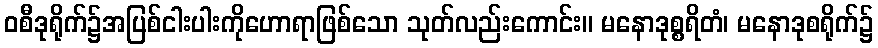
ဝစီဒုရိုက်၌အပြစ်ငါးပါးကိုဟောရာဖြစ်သော သုတ်လည်းကောင်း။ မနောဒုစ္စရိတံ၊ မနောဒုစရိုက်၌